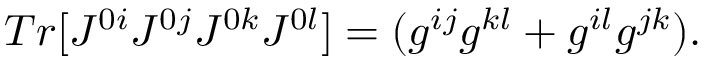
T r [ { \cal { J } } ^ { 0 i } { \cal { J } } ^ { 0 j } { \cal { J } } ^ { 0 k } { \cal { J } } ^ { 0 l } ] = ( g ^ { i j } g ^ { k l } + g ^ { i l } g ^ { j k } ) .